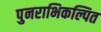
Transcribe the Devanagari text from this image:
पुनराभिकल्पित